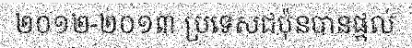
២០១២-២០១៣ ប្រទេសជប៉ុនបានផ្តល់